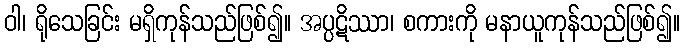
ဝါ၊ ရိုသေခြင်း မရှိကုန်သည်ဖြစ်၍။ အပ္ပဋိဿာ၊ စကားကို မနာယူကုန်သည်ဖြစ်၍။